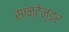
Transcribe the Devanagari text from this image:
सान्टेन्डर